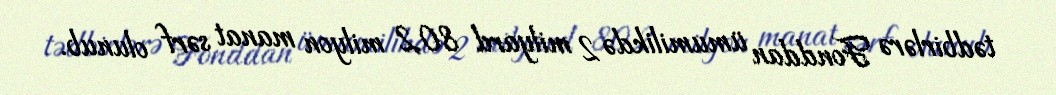
tədbirlərə Fonddan ümumilikdə 2 milyard 80,2 milyon manat sərf olunub.